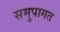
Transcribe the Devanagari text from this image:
समुपागत